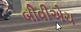
બીવીએચ